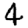
Digit: 4